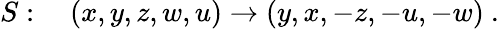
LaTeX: S:\quad(x,y,z,w,u)\to(y,x,-z,-u,-w)~.